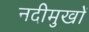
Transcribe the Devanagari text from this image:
नदीमुखों